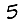
Digit: 5